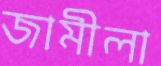
জামীলা